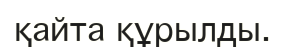
қайта құрылды.